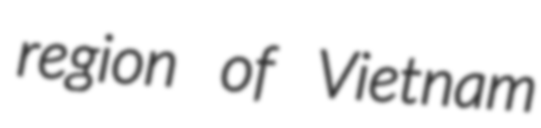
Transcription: region of Vietnam